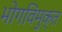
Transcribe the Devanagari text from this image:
भोगविमुक्त